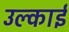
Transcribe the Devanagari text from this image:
उल्काई